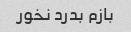
بازم بدرد نخور